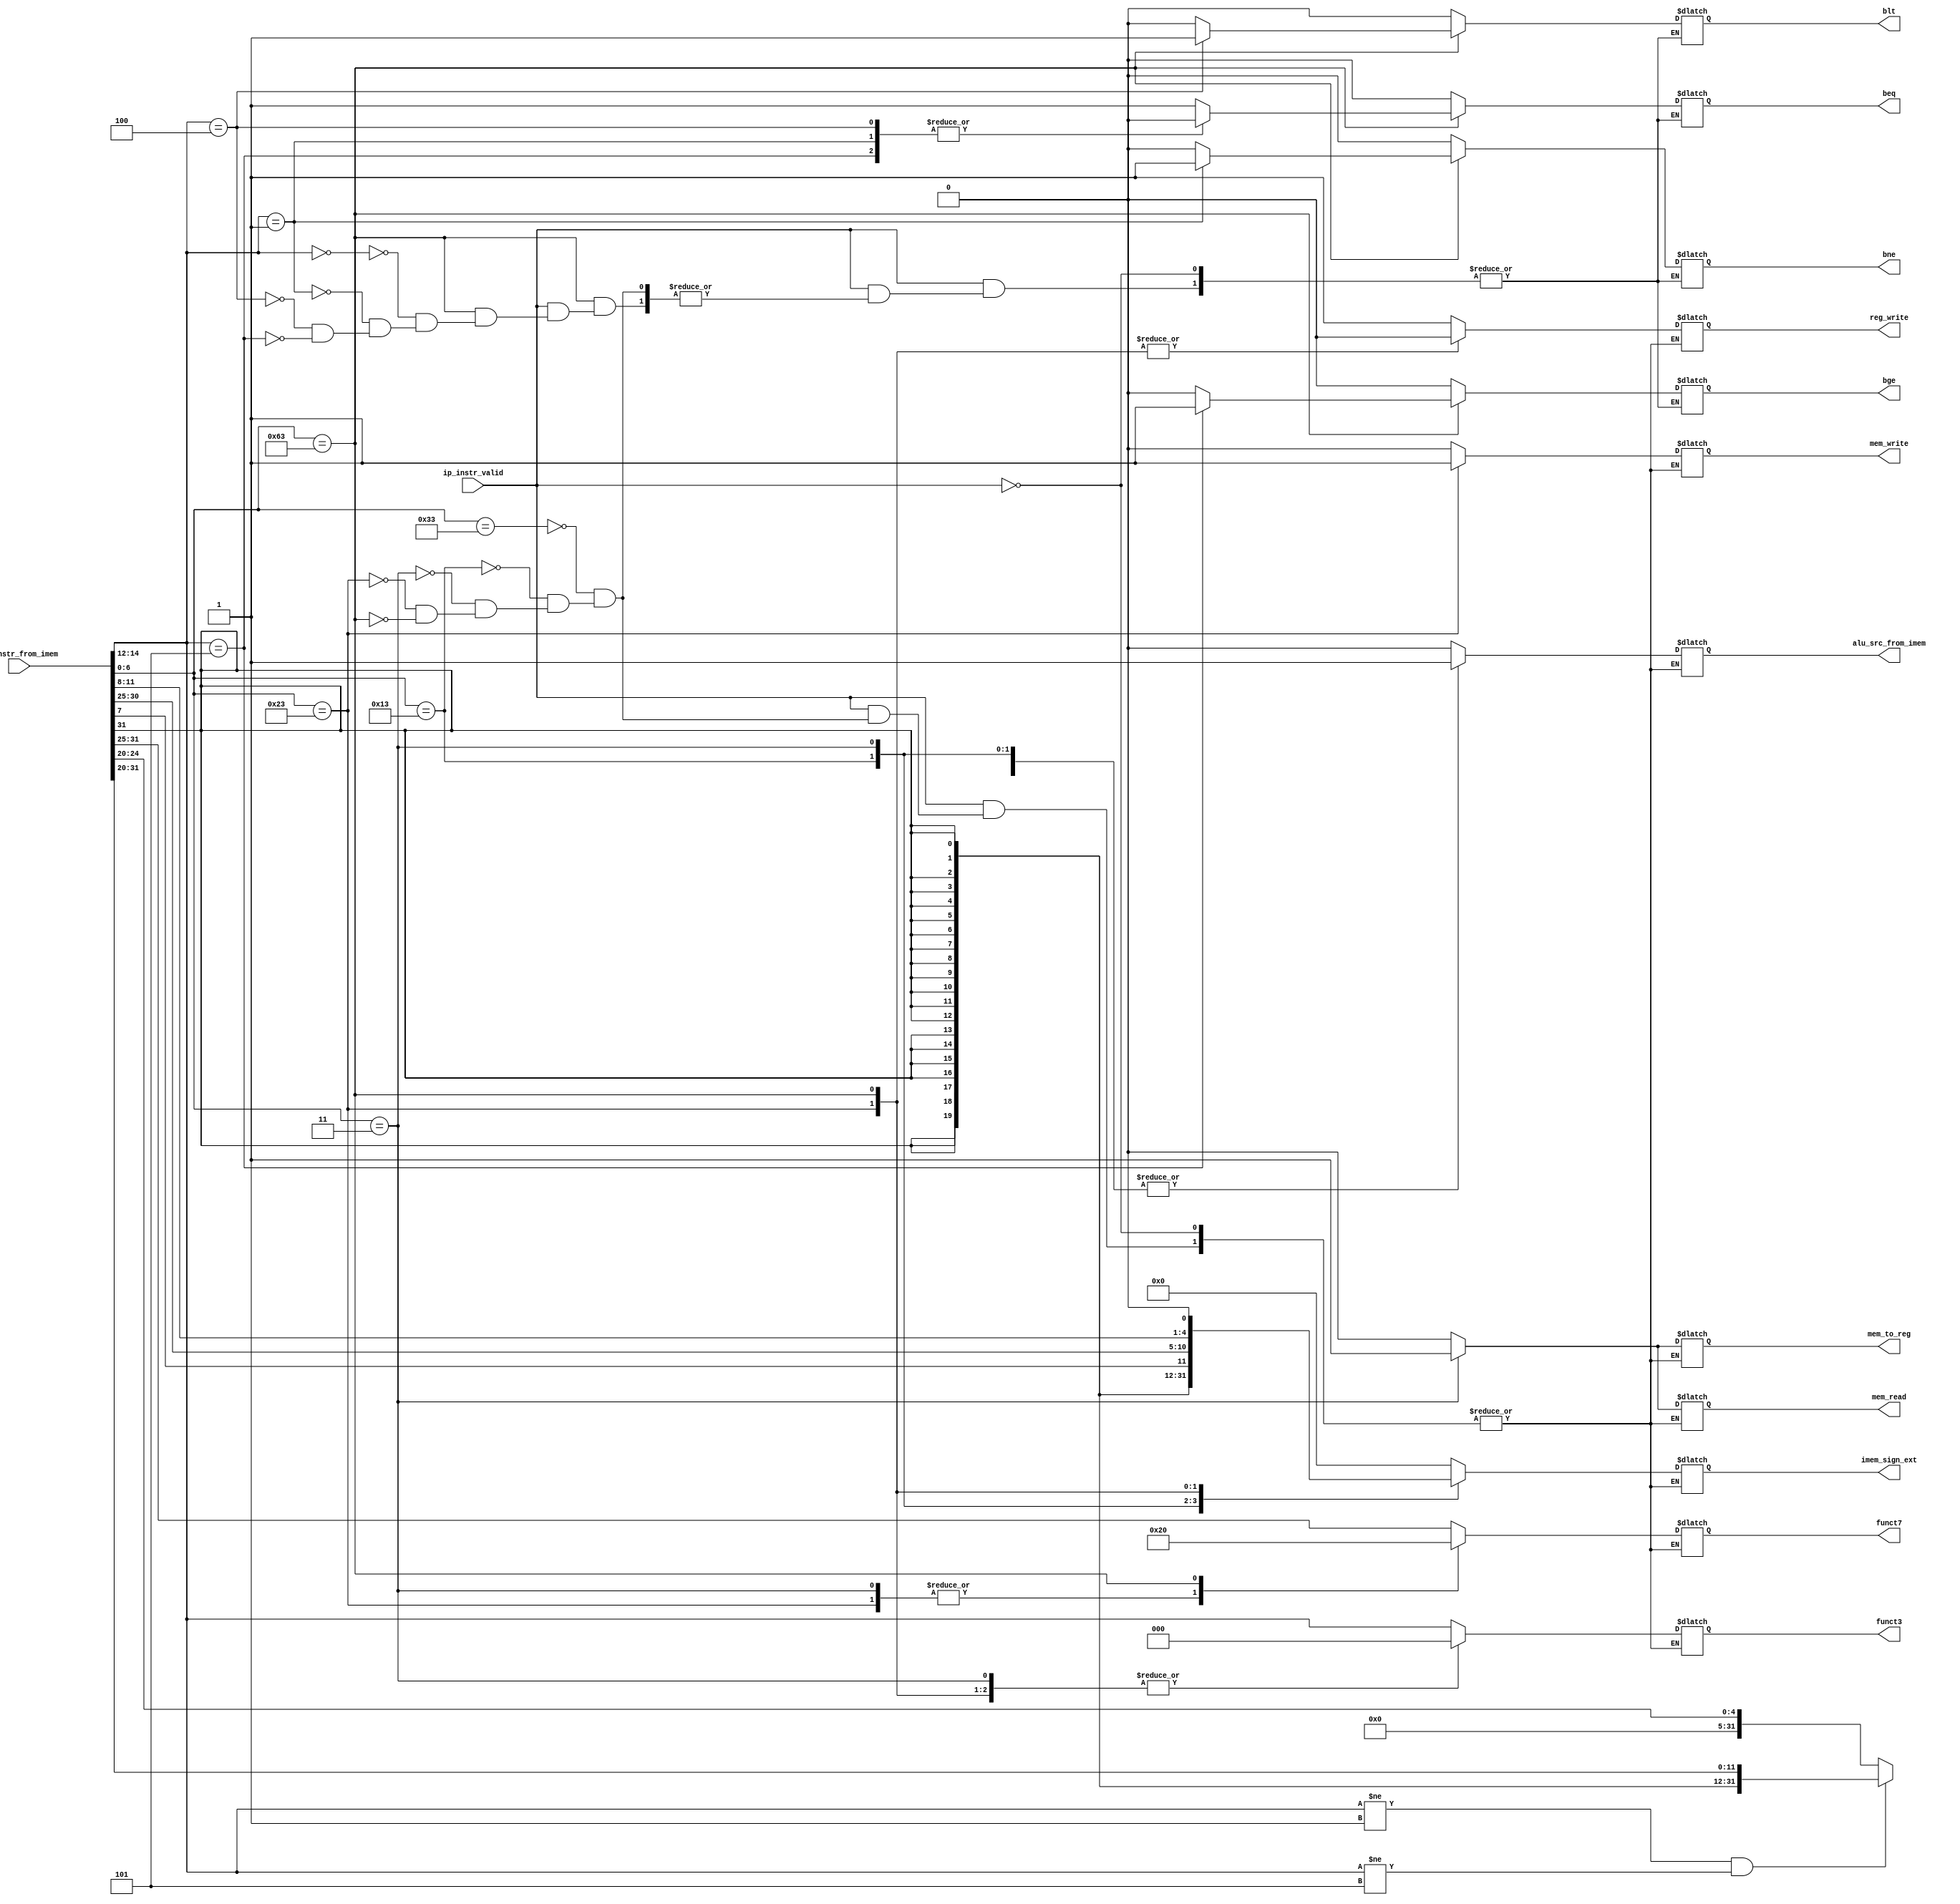
//Verilog code for the Decoder- to generate control signals.

module decoder(

input wire [31:0] ip_instr_from_imem,
input wire ip_instr_valid,
output reg reg_write,
output reg [2:0] funct3,
output reg [6:0] funct7,
output reg alu_src_from_imem,
output reg mem_read,
output reg mem_write,
output reg mem_to_reg,
output reg [31:0] imem_sign_ext,
output reg beq,
output reg bne,
output reg blt,
output reg bge
);

always @(*) begin:decoder_block
	if (ip_instr_valid) begin
		case (ip_instr_from_imem[6:0]) 
			7'b0110011: //R-type Instruction 
			begin
				reg_write=1'b1;
			        alu_src_from_imem = 1'b0;	
				//3bit-Opcode
				funct3=ip_instr_from_imem[14:12];
				//7bit-Functionality
				funct7=ip_instr_from_imem[31:25];
				mem_read = 1'b0;
				mem_write = 1'b0;
				mem_to_reg = 1'b0;
			 	imem_sign_ext = 32'b0;

				beq = 1'b0;
				bne = 1'b0;
				blt = 1'b0;
				bge = 1'b0;
			end

			7'b0010011: //Immediate Type Instruction
			begin
				alu_src_from_imem = 1'b1;
				reg_write = 1'b1;
				//3bit-Opcode
				funct3 = ip_instr_from_imem[14:12];	
				//7bit-Functionality
				funct7 = ip_instr_from_imem[31:25];
				mem_read = 1'b0;
				mem_write = 1'b0;
				mem_to_reg = 1'b0;
				if ((funct3 != 3'b001) && (funct3 != 3'b101))
					imem_sign_ext = {{20{ip_instr_from_imem[31]}}, ip_instr_from_imem[31:20]};
				else
					imem_sign_ext = {{20{1'b0}}, {7{1'b0}}, ip_instr_from_imem[24:20]};

				beq = 1'b0;
				bne = 1'b0;
				blt = 1'b0;
				bge = 1'b0;
			end

			7'b0000011: //Load Word
			begin
				alu_src_from_imem = 1'b1;
				reg_write = 1'b1;
				//funct3 = ip_instr_from_imem[14:12];
				funct3 = 3'b000;
				funct7 = 7'b0;
				mem_read = 1'b1;
				mem_write = 1'b0;
				mem_to_reg = 1'b1;
				imem_sign_ext = {{20{ip_instr_from_imem[31]}}, ip_instr_from_imem[31:20]};

				beq = 1'b0;
				bne = 1'b0;
				blt = 1'b0;
				bge = 1'b0;
			end

			7'b0100011: //Store Word
			begin
				alu_src_from_imem = 1'b1;
				reg_write = 1'b0;
				//funct3 = ip_instr_from_imem[14:12];
				funct3 = 3'b000;
				funct7 = 7'b0;
				mem_read = 1'b0;
				mem_write = 1'b1;
				mem_to_reg = 1'bx;
				imem_sign_ext = {{20{ip_instr_from_imem[31]}}, ip_instr_from_imem[31:25], ip_instr_from_imem[11:7]};

				beq = 1'b0;
				bne = 1'b0;
				blt = 1'b0;
				bge = 1'b0;
			end

			7'b1100011: //Controlled Branches
			begin
				alu_src_from_imem = 1'b0;
				reg_write = 1'b0;
				funct3 = 3'b000;
				funct7 = 7'b0100000;
				mem_read = 1'b0;
				mem_write = 1'b0;
				mem_to_reg = 1'bx;
				imem_sign_ext = {{20{ip_instr_from_imem[31]}}, ip_instr_from_imem[7], ip_instr_from_imem[30:25], ip_instr_from_imem[11:8], 1'b0};
				
				case (ip_instr_from_imem[14:12])
					3'b000:
					begin
						beq = 1'b1;
						bne = 1'b0;
						blt = 1'b0;
						bge = 1'b0;
					end

					3'b001:
					begin
						beq = 1'b0;
						bne = 1'b1;
						blt = 1'b0;
						bge = 1'b0;
					end

					3'b100:
					begin
						beq = 1'b0;
						bne = 1'b0;
						blt = 1'b1;
						bge = 1'b0;
					end
					
					3'b101:
					begin
						beq = 1'b0;
						bne = 1'b0;
						blt = 1'b0;
						bge = 1'b1;
					end
				endcase						
			end
		endcase
	end

end
endmodule